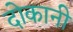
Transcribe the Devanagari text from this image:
दोकानी